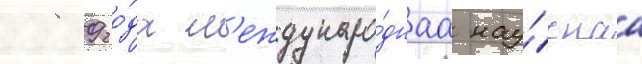
1989 го́да м'еждунаро́днаа нау́чнаа